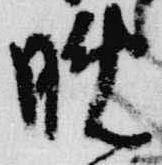
晩